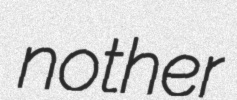
nother